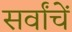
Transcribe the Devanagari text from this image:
सर्वांचें